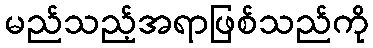
မည်သည့်အရာဖြစ်သည်ကို